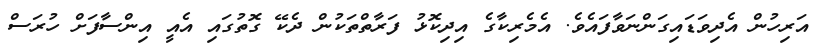
އަރިހުން އެދިވަޑައިގަންނަވާފައެވެ. އެމެރިކާގެ އިދިކޮޅު ފަރާތްތަކުން ދެކޭ ގޮތުގައި އެއީ އިންސާފަށް ހުރަސް